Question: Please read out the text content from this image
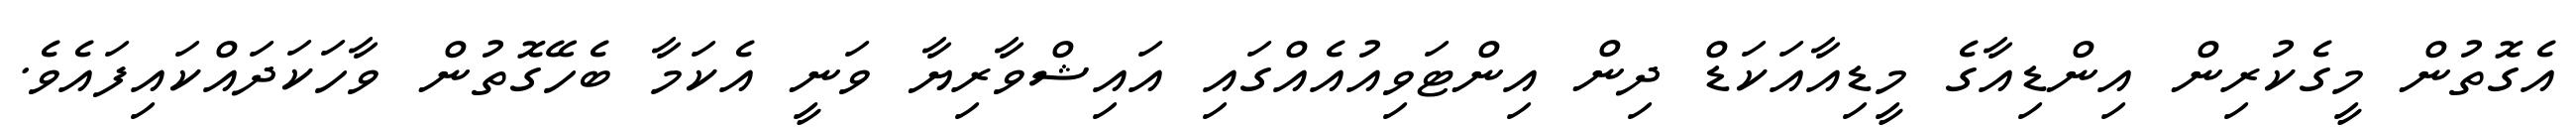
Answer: އެގޮތުން މީގެކުރިން އިންޑިއާގެ މީޑިއާއަކަޑް ދިން އިންޓަވިއުއެއްގައި އައިޝްވާރިޔާ ވަނީ އެކަމާ ބެހޭގޮތުން ވާހަކަދައްކައިފައެވެ.